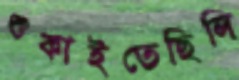
শুকাইতেছিলি